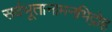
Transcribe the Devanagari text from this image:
सर्वभूतानामनभिद्रोह